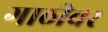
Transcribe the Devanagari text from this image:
गाठीवर